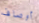
أوصاف